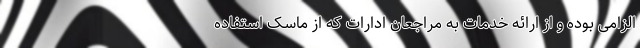
الزامی بوده و از ارائه خدمات به مراجعان ادارات که از ماسک استفاده